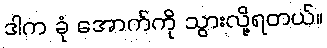
ဒါက ခုံ အောက်ကို သွားလို့ရတယ်။